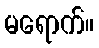
မရောက်။